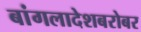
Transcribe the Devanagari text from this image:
बांगलादेशबरोबर